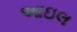
આઇલ